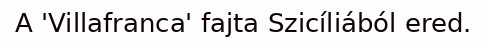
A 'Villafranca' fajta Szicíliából ered.